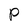
Character: P